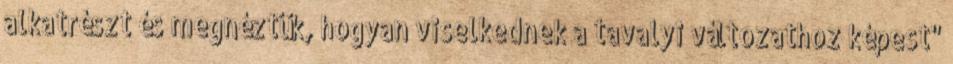
alkatrészt és megnéztük, hogyan viselkednek a tavalyi változathoz képest"